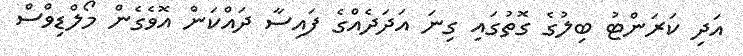
އަދި ކަރަންޓު ބިލުގެ ގޮތުގައި ގިނަ އަދަދެއްގެ ފައިސާ ދައްކަން އޮވެގެން މޯލްޑިވްސް